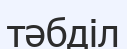
тәбділ